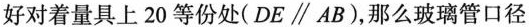
好对着量具上20等份处(DE\parallel AB)，那么玻璃管口径